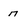
Character: n